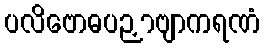
ပလိဗောဓပဉှာဗျာကရဏံ